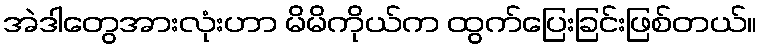
အဲဒါတွေအားလုံးဟာ မိမိကိုယ်က ထွက်ပြေးခြင်းဖြစ်တယ်။